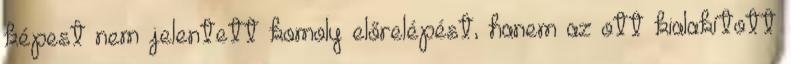
képest nem jelentett komoly előrelépést, hanem az ott kialakított